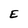
Character: E